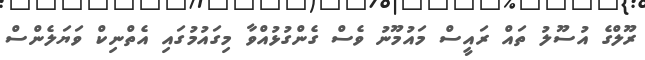
ރޫލްގެ އުސޫލު ތައް ރައީސް މައުމޫނު ވެސް ގެންގުޅުއްވާ މިގައުމުގައި އެތްނިކް ވަޔަލެންސް